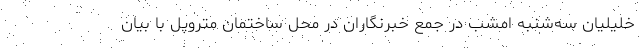
خلیلیان سه‌شنبه امشب در جمع خبرنگاران در محل ساختمان متروپل با بیان